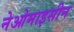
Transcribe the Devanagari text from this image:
नेओमाइसीन